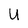
Character: u